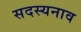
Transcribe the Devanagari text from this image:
सदस्यनाव